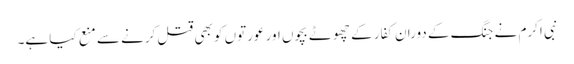
نبی اکرم نے جنگ کے دوران کفار کے چھوٹے بچوں اور عورتوں کو بھی قتل کرنے سے منع کیا ہے۔